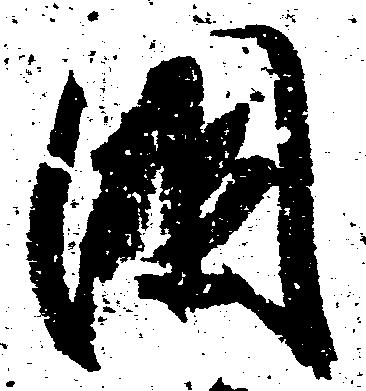
国